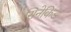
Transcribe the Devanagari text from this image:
सिनेकिड